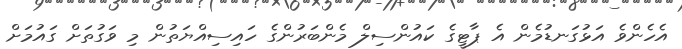
އެހެންވެ އަޅުގަނޑުމެން އެ ޕާޓީގެ ކައުންސިލް މެންބަރުންގެ ހައިސިއްޔަތުން މި ވަގުތަށް ގައުމަށް